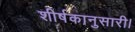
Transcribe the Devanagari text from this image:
शीर्षकानुसारी।